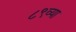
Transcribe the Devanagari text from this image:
८९व्या